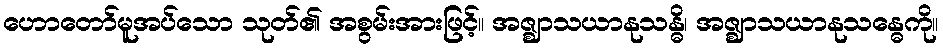
ဟောတော်မူအပ်သော သုတ်၏ အစွမ်းအားဖြင့်။ အဇ္ဈာသယာနုသန္ဓိ၊ အဇ္ဈာသယာနုသန္ဓေကို။